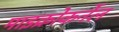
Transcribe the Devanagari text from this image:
माइक्रोकर्नेल